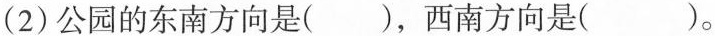
(2)公园的东南方向是()，西南方向是()。